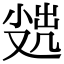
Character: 𡮖